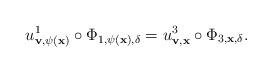
LaTeX: \begin{align*}u^1_{{\bf v},\psi({\bf x})} \circ \Phi_{1,\psi({\bf x}),\delta}=u^3_{{\bf v},{\bf x}} \circ \Phi_{3,{\bf x},\delta}.\end{align*}